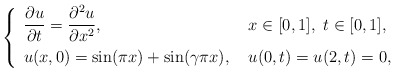
\begin{align*}\left\{ \renewcommand{\arraystretch}{1.5} \begin{array}{ll} \dfrac{\partial u}{\partial t} = \dfrac{\partial^2 u}{\partial x^2}, & \ x\in[0,1], \ t \in[0,1], \\ u(x,0) = \sin(\pi x) + \sin(\gamma \pi x), & \ u(0,t)=u(2,t)=0 , \end{array} \right.\end{align*}